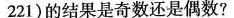
221) 的结果是奇数还是偶数据？